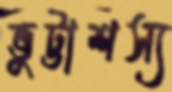
ভুট্টাশস্য